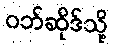
ဝဘ်ဆိုဒ်သို့